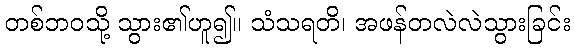
တစ်ဘဝသို့ သွား၏ဟူ၍။ သံသရတိ၊ အဖန်တလဲလဲသွားခြင်း